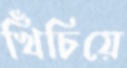
খিঁচিয়ে